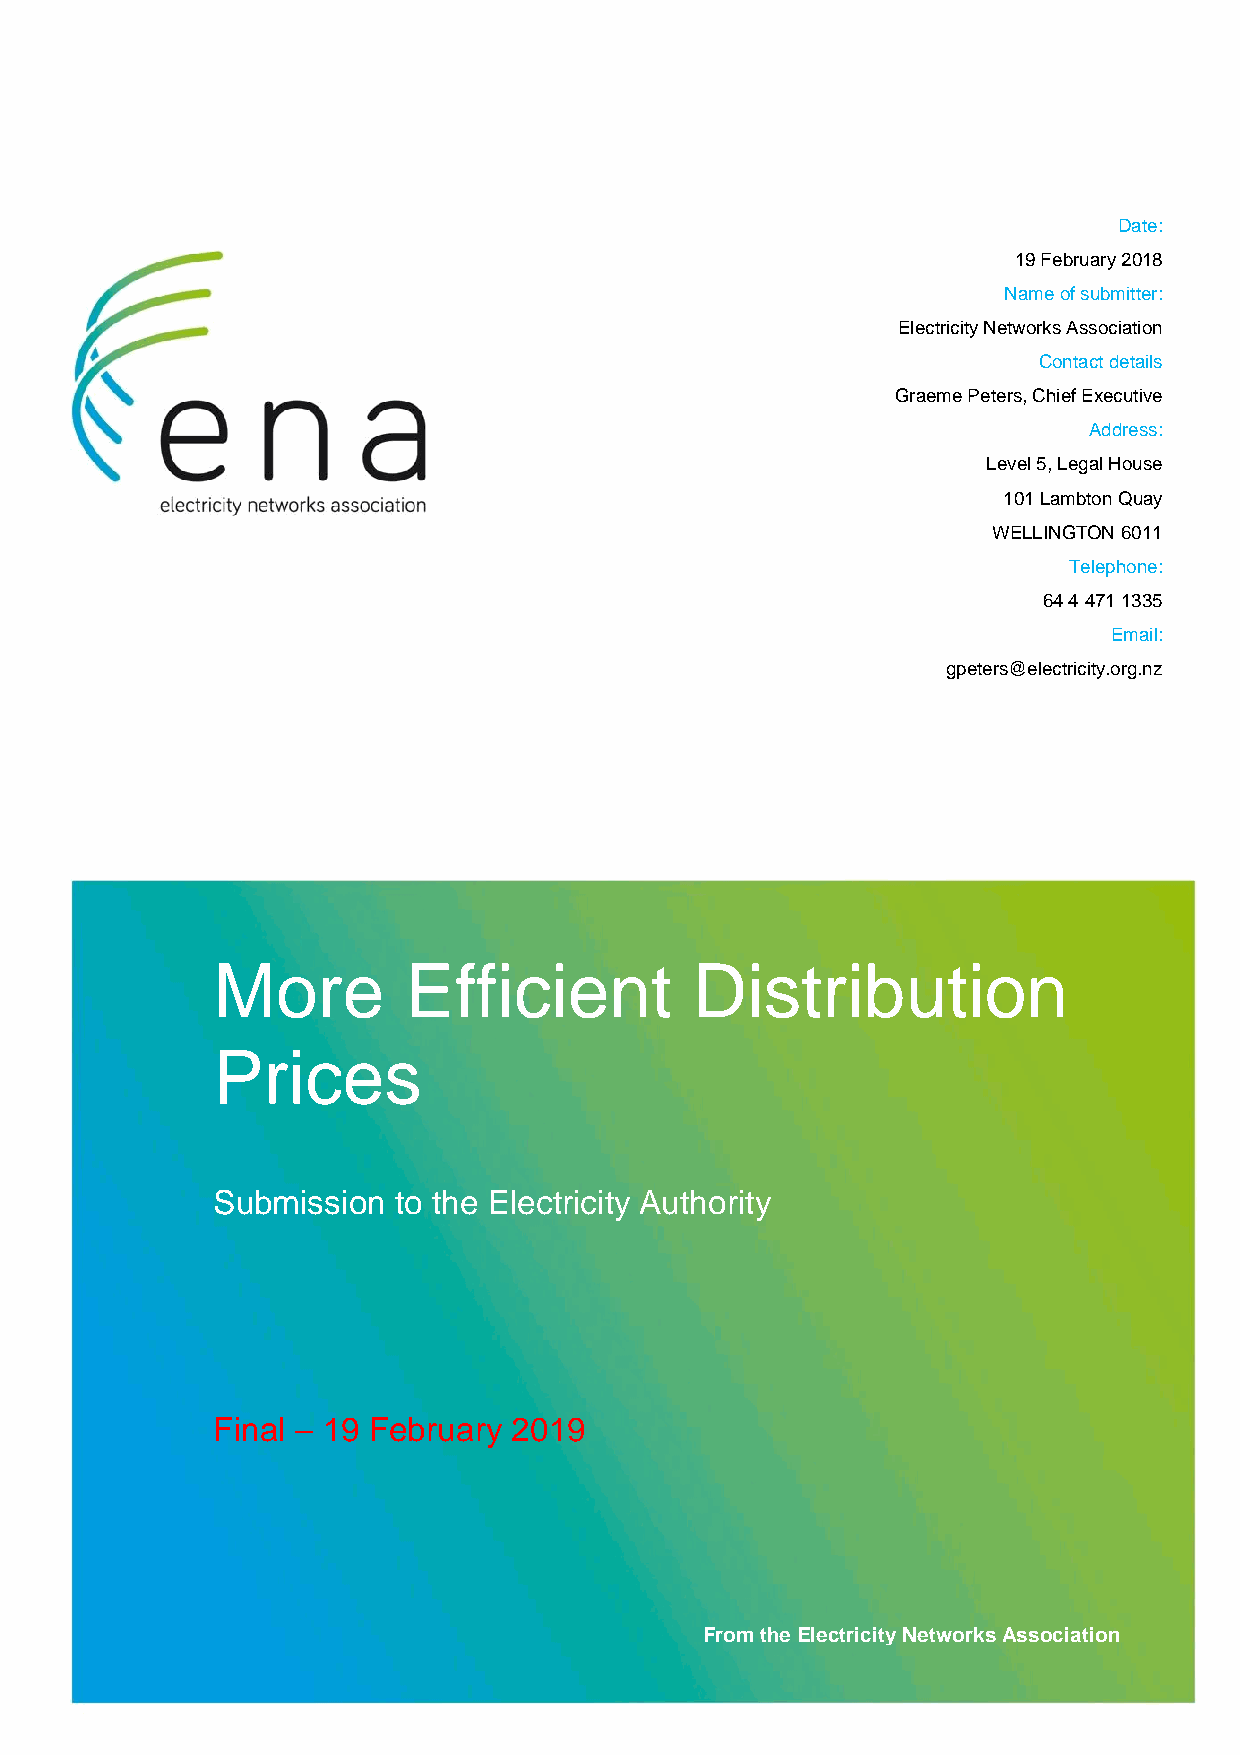
Date:
 19 February 2018
 Name of submitter:
 Electricity Networks Association
 Contact details
 Graeme Peters, Chief Executive
 Address:
 Level 5, Legal House
 101 Lambton Quay
 WELLINGTON 6011
 Telephone:
 64 4 471 1335
 Email:
 gpeters@electricity.org.nz
 More         Efficient          Distribution
 Prices
 Submission  to the Electricity Authority
 Final – 19 February 2019
 From the Electricity Networks Association